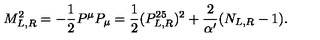
M _ { L , R } ^ { 2 } = - \frac { 1 } { 2 } P ^ { \mu } P _ { \mu } = \frac { 1 } { 2 } ( P _ { L , R } ^ { 2 5 } ) ^ { 2 } + \frac { 2 } { \alpha ^ { \prime } } ( N _ { L , R } - 1 ) .